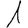
Digit: 1